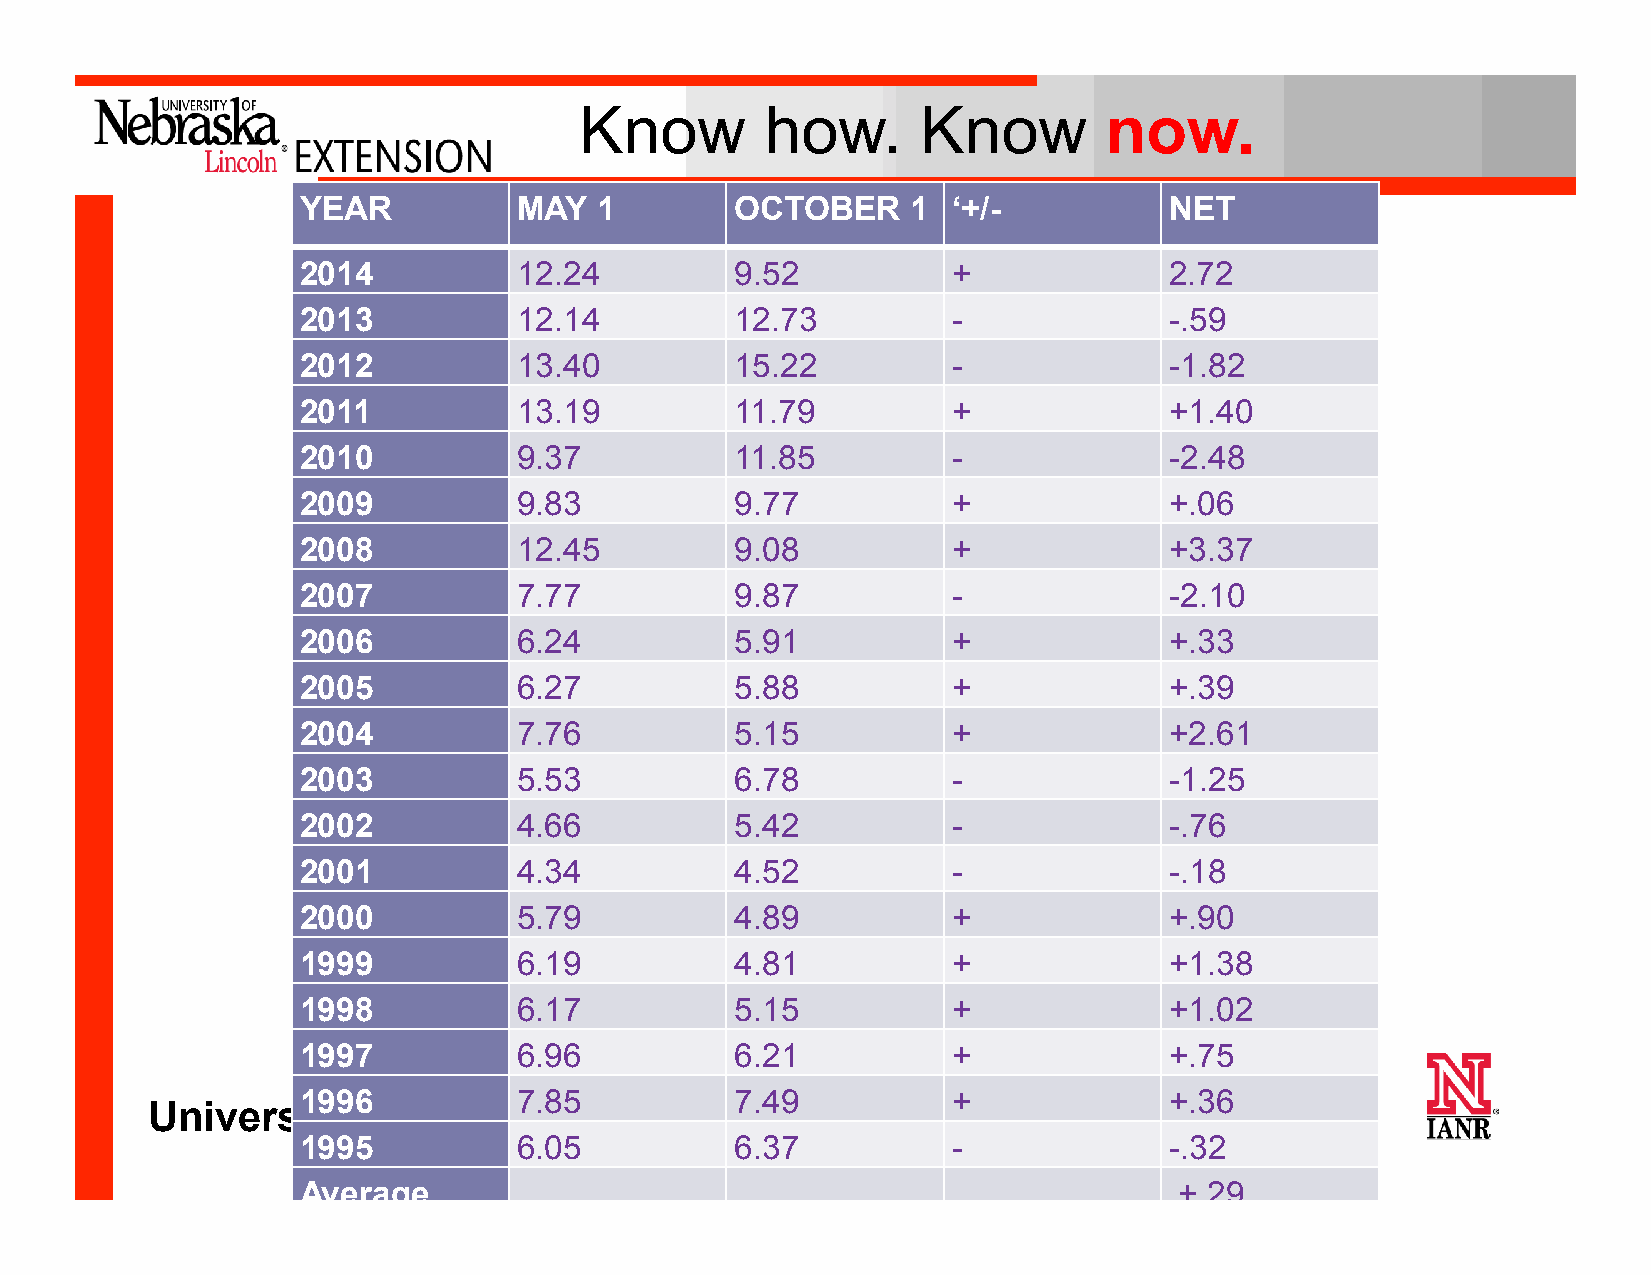
Know         how.      Know        now.
 YEAR          MAY  1         OCTOBER    1  ‘+/-          NET
 2014          12.24          9.52          +             2.72
 2013          12.14          12.73         -             -.59
 2012          13.40          15.22         -             -1.82
 2011          13.19          11.79         +             +1.40
 2010          9.37           11.85         -             -2.48
 2009          9.83           9.77          +             +.06
 2008          12.45          9.08          +             +3.37
 2007          7.77           9.87          -             -2.10
 2006          6.24           5.91          +             +.33
 2005          6.27           5.88          +             +.39
 2004          7.76           5.15          +             +2.61
 2003          5.53           6.78          -             -1.25
 2002          4.66           5.42          -             -.76
 2001          4.34           4.52          -             -.18
 2000          5.79           4.89          +             +.90
 1999          6.19           4.81          +             +1.38
 1998          6.17           5.15          +             +1.02
 1997          6.96           6.21          +             +.75
 1996          7.85           7.49          +             +.36
 University    of Nebraska–Lincoln
 1995          6.05           6.37          -             -.32
 Average                                                   +.29